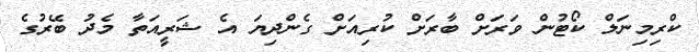
ކްރިމިނަލް ކޯޓުން ވަރަށް ބާރަށް ކުރިއަށް ގެންދިޔަ އެ ޝަރީއަތާ މެދު ބޭރުގެ